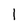
Character: 1